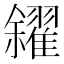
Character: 𠑝